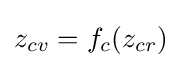
z_{cv}=f_{c}(z_{cr})